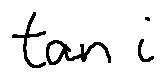
\tan i